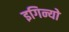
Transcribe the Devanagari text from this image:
इगिन्यो